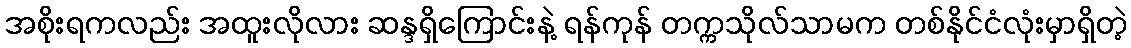
အစိုးရကလည်း အထူးလိုလား ဆန္ဒရှိကြောင်းနဲ့ ရန်ကုန် တက္ကသိုလ်သာမက တစ်နိုင်ငံလုံးမှာရှိတဲ့